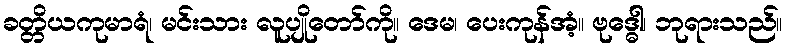
ခတ္တိယကုမာရံ၊ မင်းသား လူပျိုတော်ကို။ ဒေမ၊ ပေးကုန်အံ့။ ဗုဒ္ဓေါ၊ ဘုရားသည်။